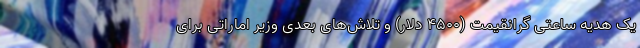
یک هدیه ساعتی گرانقیمت (۴۵۰۰ دلار) و تلاش‌های بعدی وزیر اماراتی برای